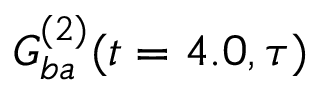
G _ { b a } ^ { ( 2 ) } ( t = 4 . 0 , \tau )